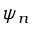
\psi _ { n }